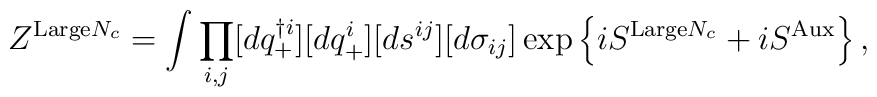
Z^{{\rm Large}N_c}       =\int \prod_{i,j}[dq^{\dag i}_+][dq^i_+][ds^{ij}][d\sigma_{ij}]         \exp\left\{iS^{{\rm Large} N_c}+iS^{\rm Aux}\right\},